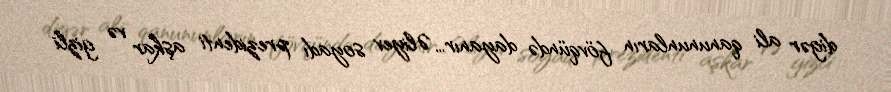
digər ali qanununların fövqündə dayanır… Əliyev soyadı prezidenti aşkar və gizli